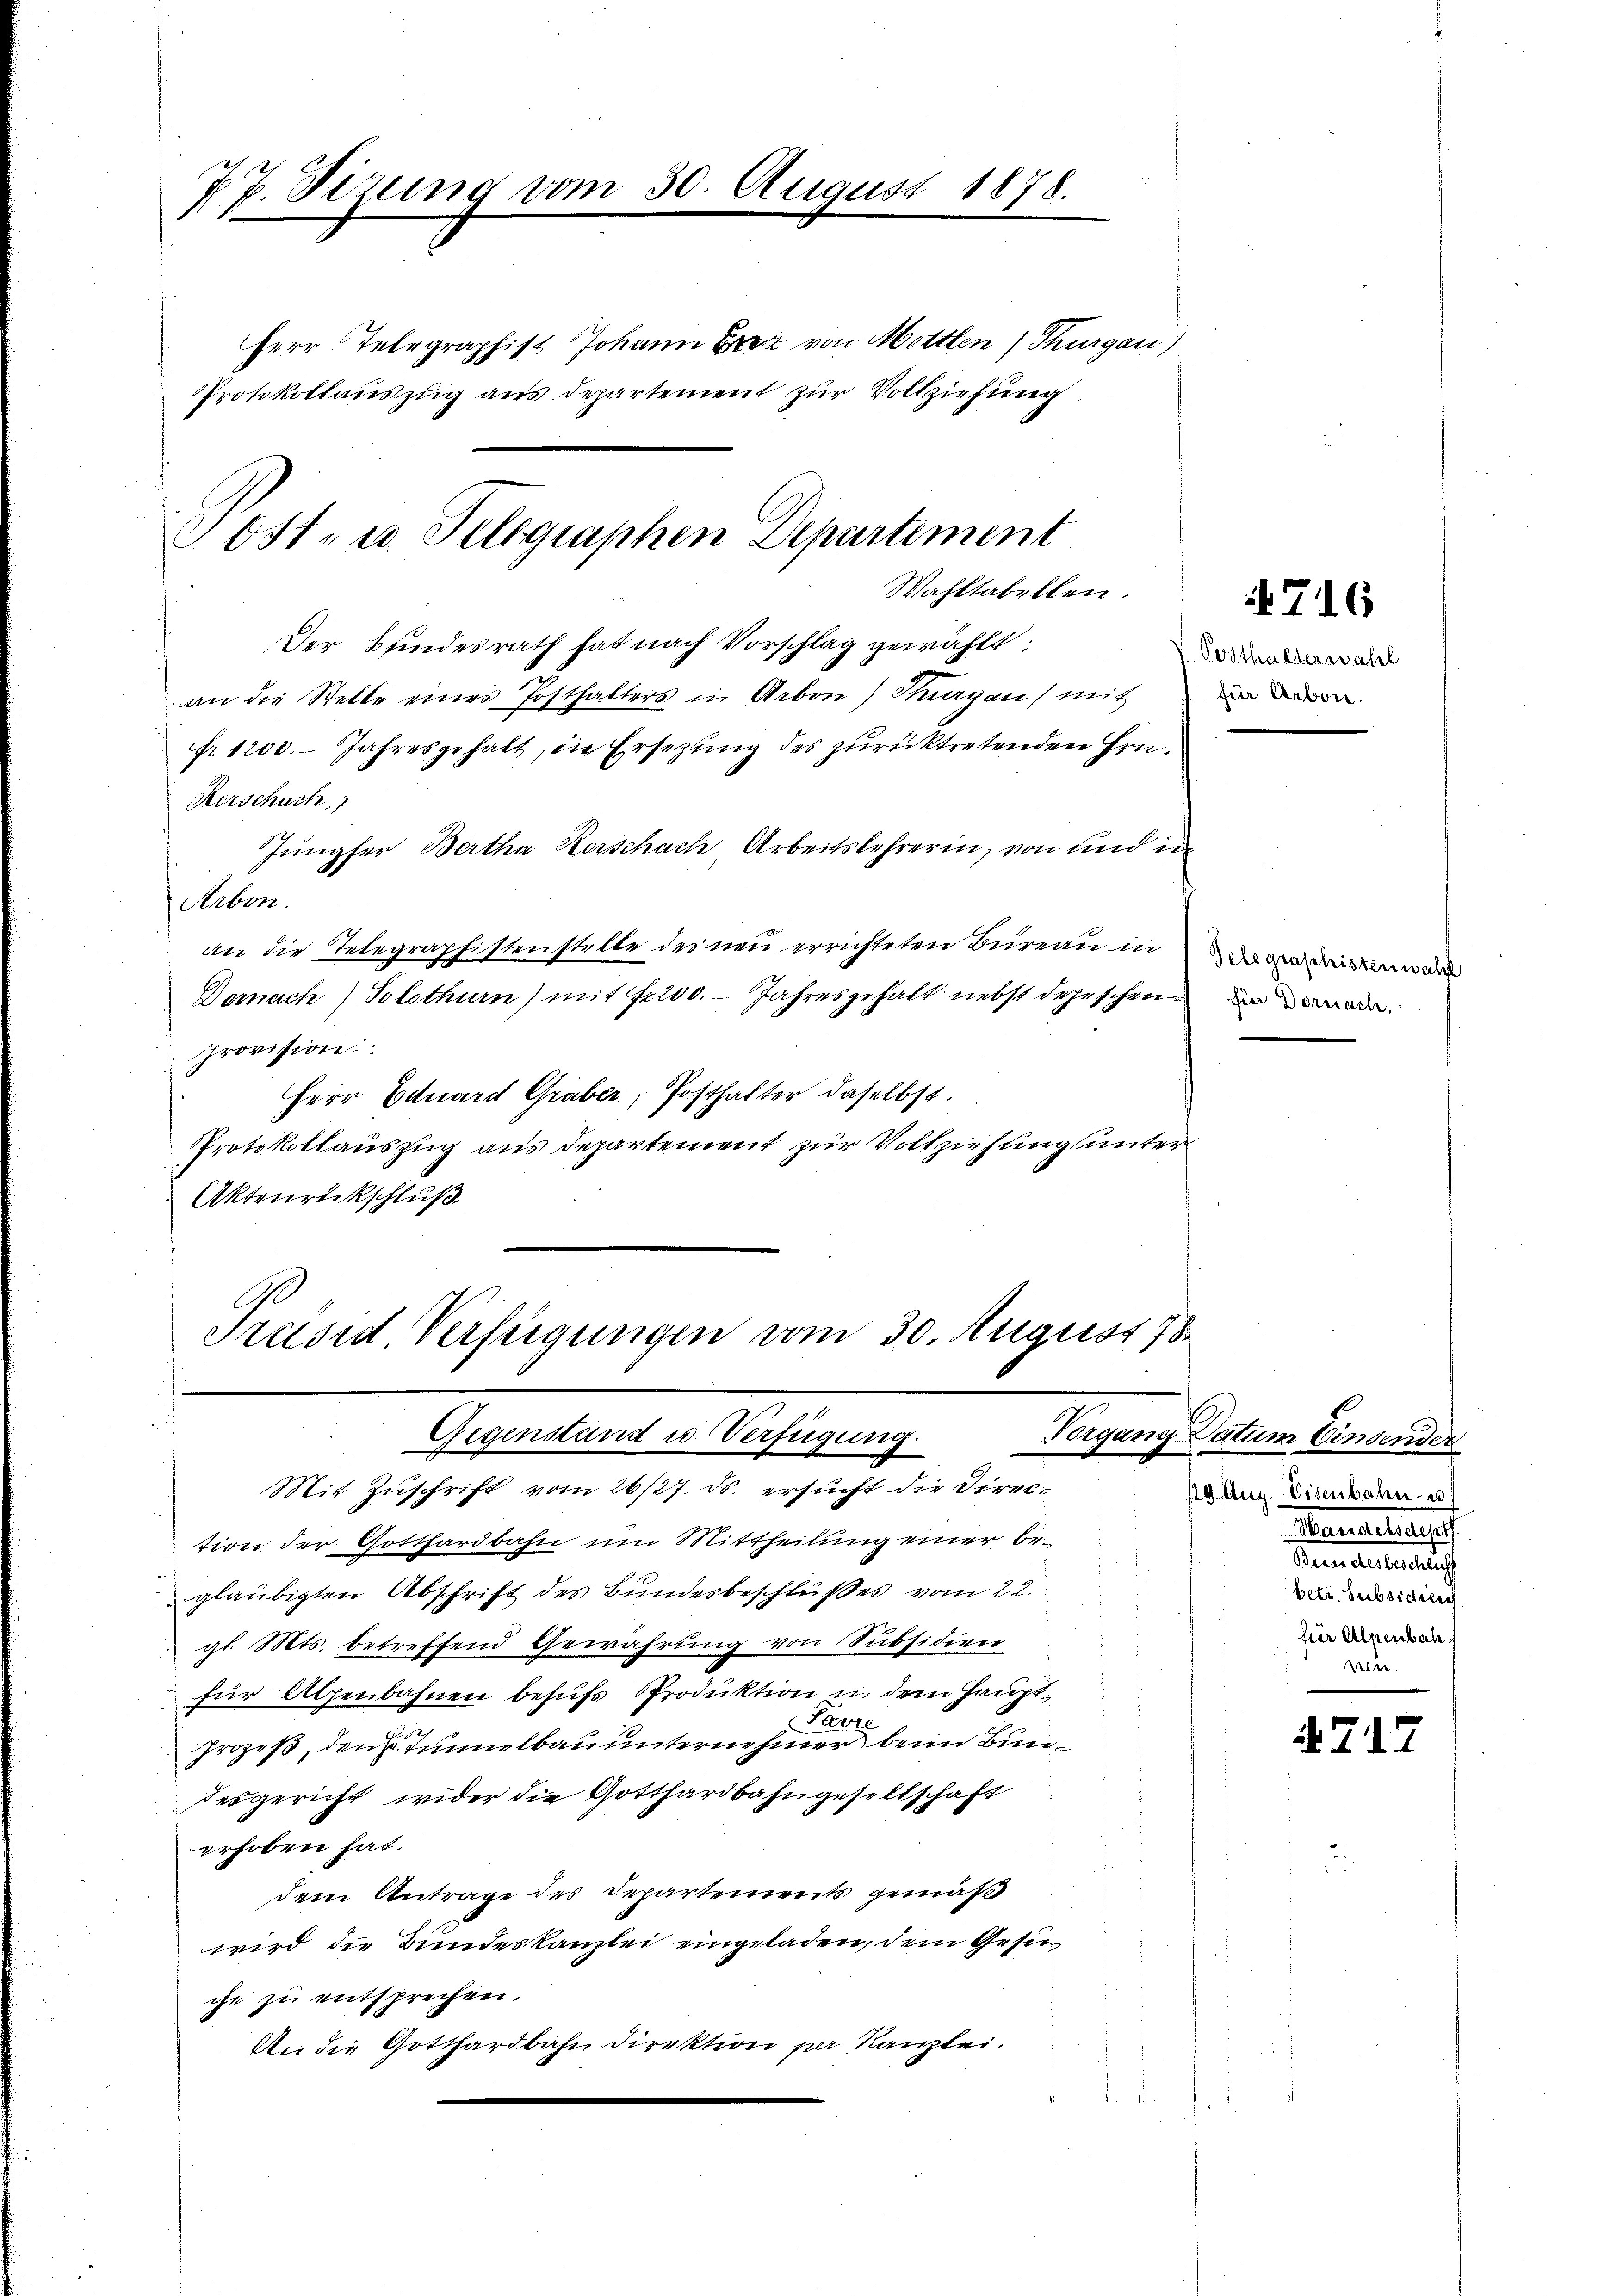
27. Sizung vom 30. August 1878.
1

Herr Telegraphis Johann Brez von Motten) Thurgau)
PProtokollauszug aus Departement zur Vollziehung

Ost- u. Telegraphen Departement
Wahltabellen.

Der Bindesrath hat nach Vorschlag gewählt:
an die Stelle eines Posthalters in Arbon) Thurgau) mit
fr. 1200. Jahresgehalt, die Ersezung des zurücktretenden Hrn.
Kerschach
Jungfer Bertha Rorschach Arbeitslehrerin, von und in
Arbon.
an die Telegraphistenstelle des neu errichteten Büreau in
Dernach Solothurn) mit fr. 200. Jahresgehalt nebst depeschen
provision
Herr Eduard Graber, Posthalter daselbst.
Protokollauszug aus Departement zur Vollziehung unter
Aktenrückschluß
Präsid Verfügungen vom 30. August 78

Gegenstand u. Verfügung.

Mit Zuschrift vom 26/27. ds. ersucht die Direction der Gotthardbahn um Mittheilung einer beglaubigten Abschrift des Bundesbeschlußes vom 22.
gl. Mts. betreffend Gewährung von Subsidien
für Alpenbahnen behufs Produktion in dem Haupt¬
Parze
Prozeß, den Tunnelbau unternehmer beim Bundesgericht wider die Gotthardbahngesellschaft
erhoben hat.
dem Antrage des Departements gemäß
wird die Bundeskanzlei eingeladen, dem Gesinche zu entsprechen.
An die Gotthardbahn Direktion per Kanzlei.

716

Posthalteneralel
für Arbon.

Telegraphistenwalt
fier Dornach,

Vorgang Datum Einsender
129. Aug. Eisenbahn u
Hereitung
Gemeintretung
betr. Seibsidiere
für Alpenbach
Ven.

717